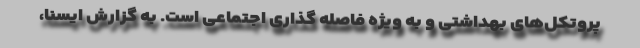
پروتکل‌های بهداشتی و به ویژه فاصله گذاری اجتماعی است. به گزارش ایسنا،